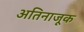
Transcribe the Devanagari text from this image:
अतिनाजूक